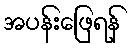
အပန်းဖြေရန်